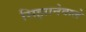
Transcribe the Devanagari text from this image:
सिझानेवाले